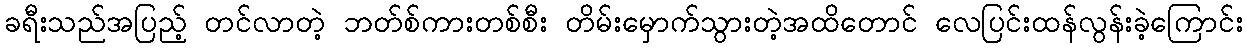
ခရီးသည်အပြည့် တင်လာတဲ့ ဘတ်စ်ကားတစ်စီး တိမ်းမှောက်သွားတဲ့အထိတောင် လေပြင်းထန်လွန်းခဲ့ကြောင်း